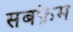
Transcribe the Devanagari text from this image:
सबफ्रेम